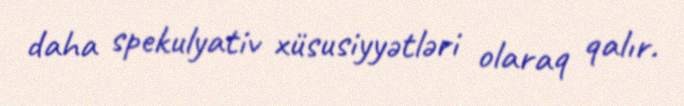
daha spekulyativ xüsusiyyətləri olaraq qalır.